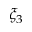
\xi _ { 3 }